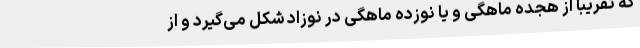
که تقریبا از هجده ماهگی و یا نوزده ماهگی در نوزاد شکل می‌گیرد و از